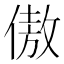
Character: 傲